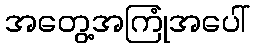
အတွေ့အကြုံအပေါ်